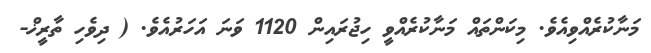
މަނާކުރެއްވިއެވެ. މިކަންތައް މަނާކުރެއްވީ ހިޖުރައިން 1120 ވަނަ އަހަރުއެވެ. ( ދިވެހި ތާރީޚް-